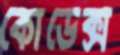
কোডেক্স